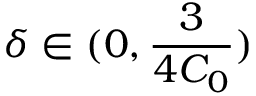
\delta \in ( 0 , \frac { 3 } { 4 C _ { 0 } } )